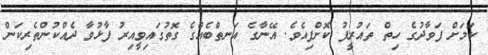
ކަމަށް ފަވާދުގެ ހިތް ތައުރީފު ކޮށްފިއެވެ. އޭނާގެ އަނތްބެއްގެ ގޮތުގައިވީއިރު ފާޅުވާ ދެއްކުންތެރިކަން